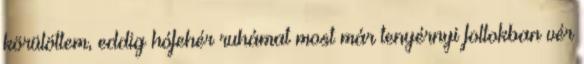
körülöttem, eddig hófehér ruhámat most már tenyérnyi foltokban vér